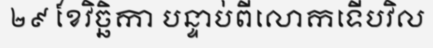
២៩ ខែវិច្ឆិកា បន្ទាប់ពីលោកទើបវិល